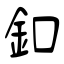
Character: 釦